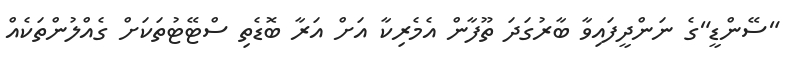
"ސޭންޑީ"ގެ ނަންދީފައިވާ ބާރުގަދަ ތޫފާން އެމެރިކާ އަށް އަރާ ބޮޑެތި ސްޓޭޓުތަކަށް ގެއްލުންތަކެއް